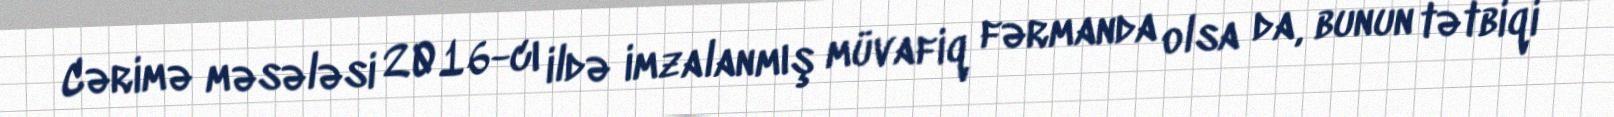
Cərimə məsələsi 2016-cı ildə imzalanmış müvafiq fərmanda olsa da, bunun tətbiqi